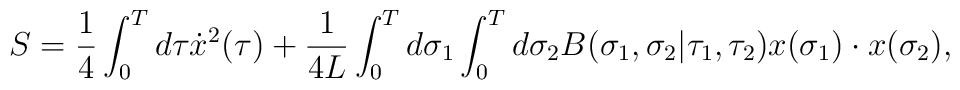
S={1\over 4}\int_0^Td\tau\dot{x}^2(\tau)+{1\over4L}\int_0^Td\sigma_1\int_0^Td\sigma_2B(\sigma_1,\sigma_2|\tau_1,\tau_2)x(\sigma_1)\cdot x(\sigma_2),